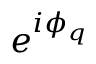
e ^ { i \phi _ { q } }